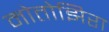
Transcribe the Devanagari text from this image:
मोतोझिरा